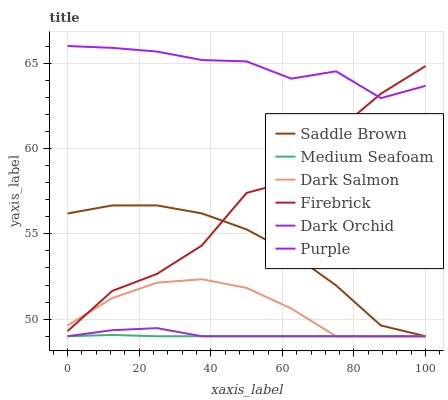
| xaxis_label | Saddle Brown | Medium Seafoam | Dark Salmon | Firebrick | Dark Orchid | Purple |
 | --- | --- | --- | --- | --- | --- | --- |
 | 0 | 56.2 | 49 | 49.6 | 49.3 | 49 | 66 |
 | 12.5 | 56.7 | 49.1 | 51.2 | 51.7 | 49.4 | 65.9 |
 | 25 | 56.7 | 49 | 52.1 | 52.7 | 49.5 | 65.7 |
 | 37.5 | 56.2 | 49 | 52.3 | 54.3 | 49 | 65.2 |
 | 50 | 55.3 | 49 | 51.8 | 57.4 | 49 | 65.1 |
 | 62.5 | 53.9 | 49 | 50.6 | 58.1 | 49 | 64.1 |
 | 75 | 52 | 49 | 49 | 61 | 49 | 64.5 |
 | 87.5 | 49.6 | 49 | 49 | 63.2 | 49 | 62.9 |
 | 100 | 49 | 49 | 49 | 64.8 | 49 | 63.7 |